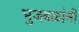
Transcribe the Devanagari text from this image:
भुजबळांनी